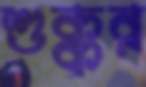
শুক্কুর